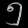
Digit: ၅